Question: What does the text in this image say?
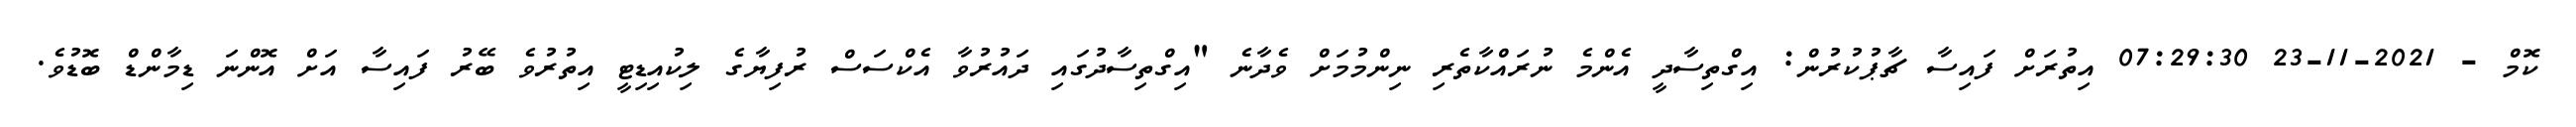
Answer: ކޮމް - 2021-11-23 07:29:30 އިތުރަށް ފައިސާ ޗާޕުކުރުން: އިގްތިސާދީ އެންމެ ނުރައްކާތެރި ނިންމުމަށް ވެދާނެ "އިގްތިސާދުގައި ދައުރުވާ އެކްސަސް ރުފިޔާގެ ލިކުއިޑިޓީ އިތުރުވެ ބޭރު ފައިސާ އަށް އޮންނަ ޑިމާންޑް ބޮޑުވެ.